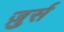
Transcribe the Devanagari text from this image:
ज़ुर्स